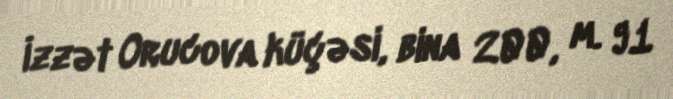
İzzət Orucova küçəsi, bina 200, m. 91